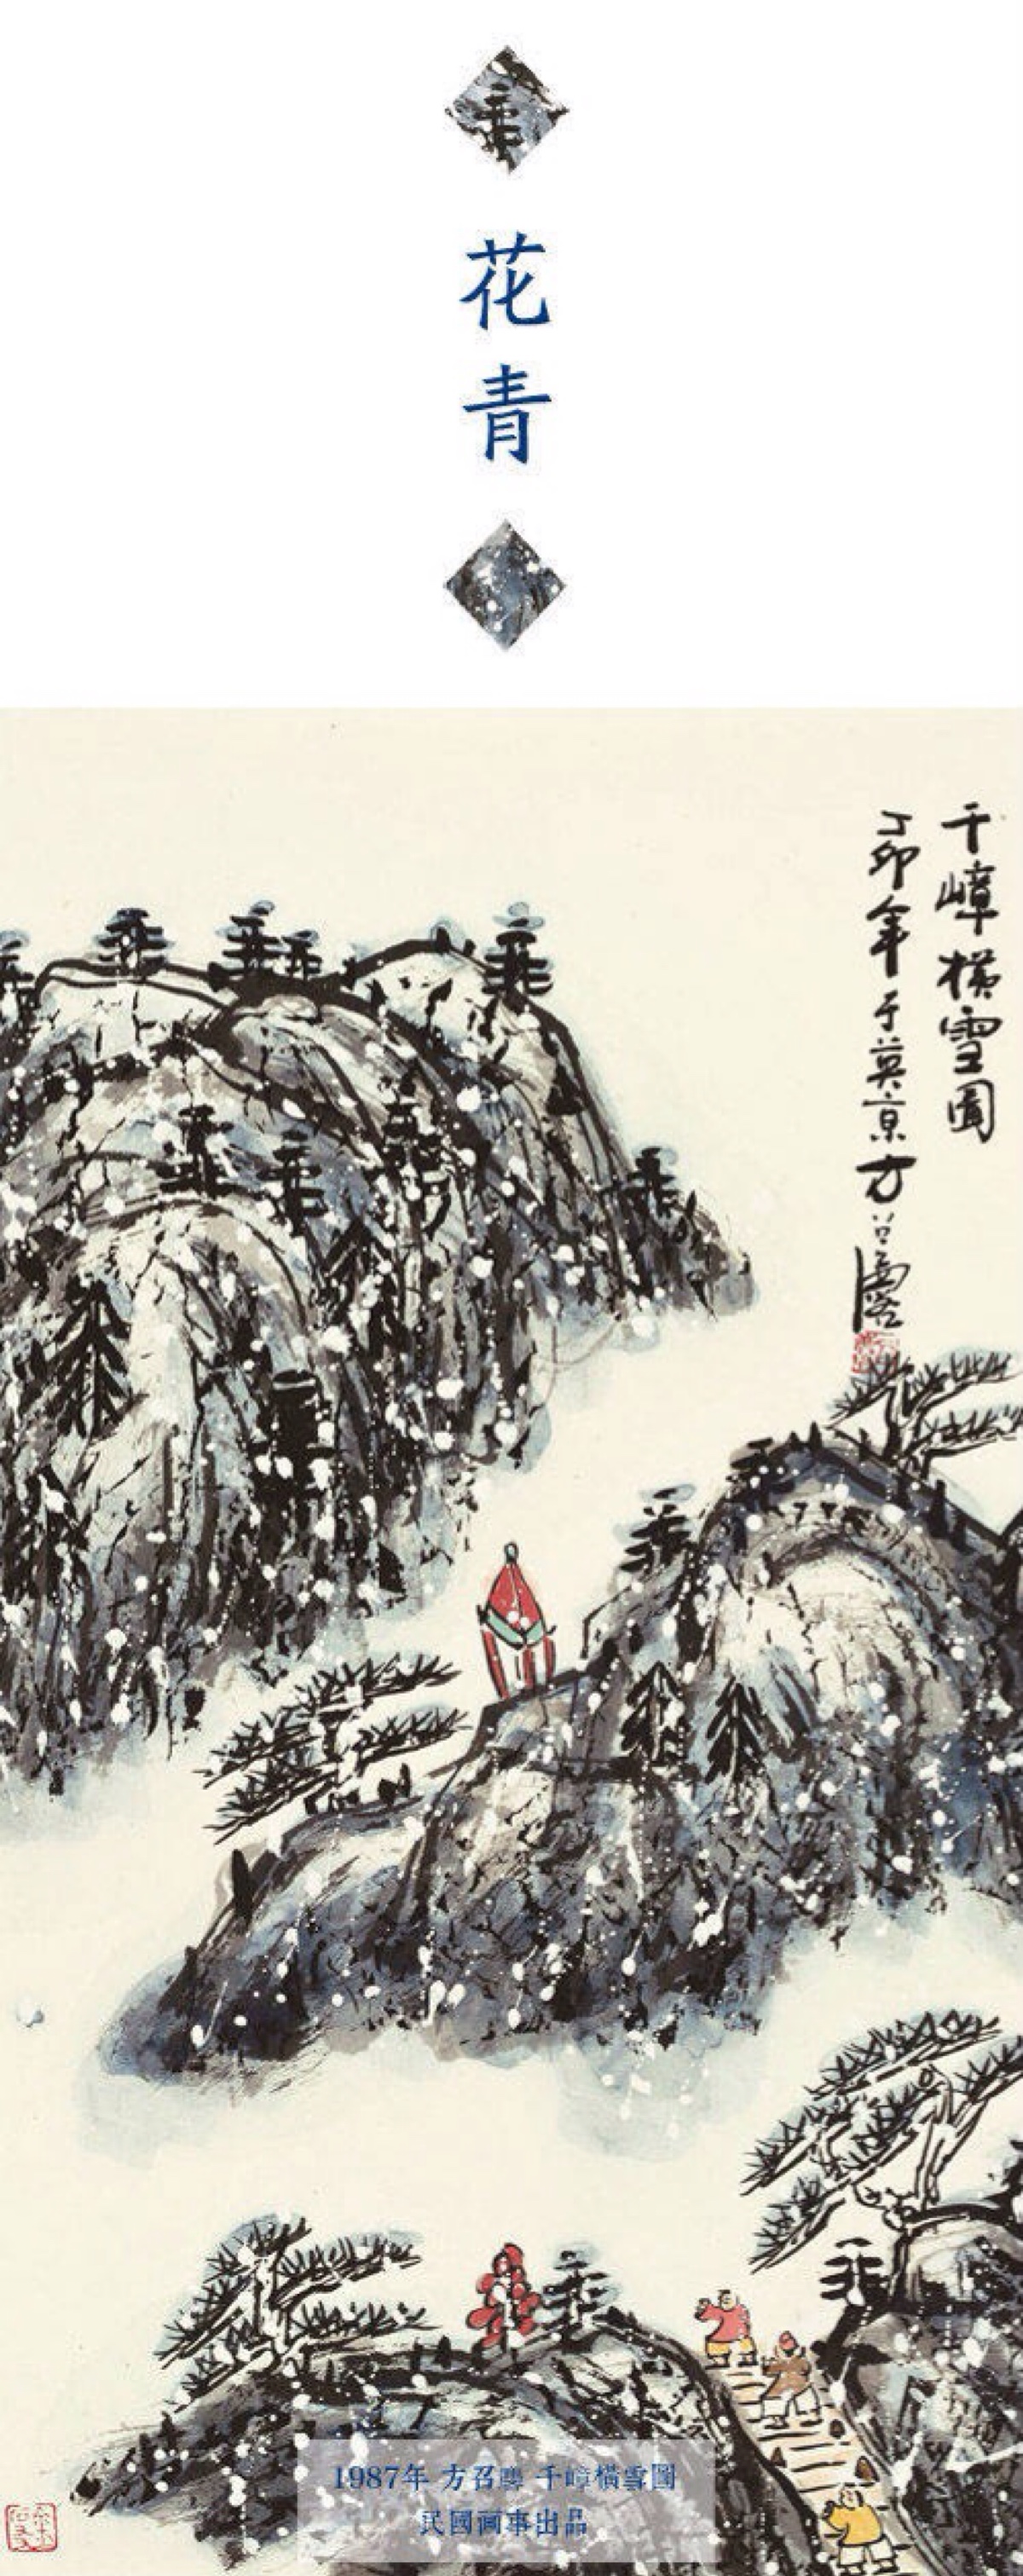
北风夜卷赤亭口，一夜天山雪更厚。